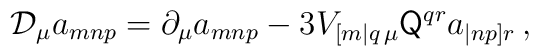
\mathcal{D}_{\mu}a_{mnp} = \partial_{\mu} a_{mnp}-3V_{[m|q\, \mu}\mathsf{Q}^{qr} a_{|np]r}\, ,